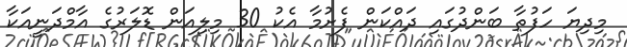
މިދިޔަ ހަފުތާ ބަންދުގައި ދައްކަން ފެށުމާ އެކު 30 މިލިއަން ޑޮލަރުގެ އާމްދަނީއަކާ